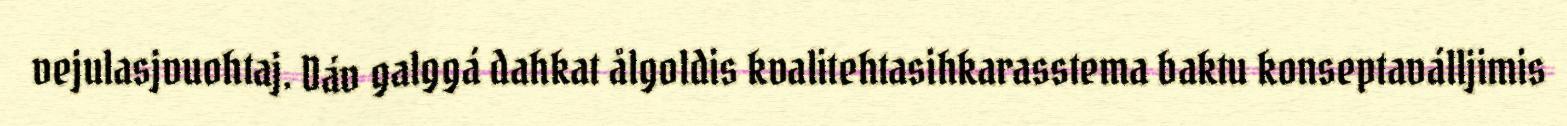
vejulasjvuohtaj. Dáv galggá dahkat ålgoldis kvalitehtasihkarasstema baktu konseptaválljimis